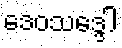
ဒေဝသဒ္ဒေါ